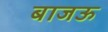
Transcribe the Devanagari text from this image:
बाजऊ